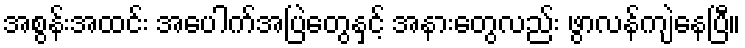
အစွန်းအထင်း အပေါက်အပြဲတွေနှင့် အနားတွေလည်း ဖွာလန်ကျဲနေပြီ။